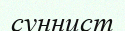
суннист